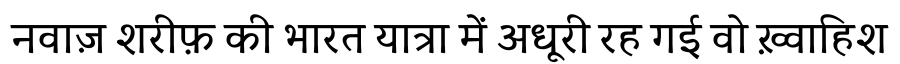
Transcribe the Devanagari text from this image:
नवाज़ शरीफ़ की भारत यात्रा में अधूरी रह गई वो ख़्वाहिश